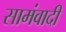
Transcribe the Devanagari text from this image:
सामंवादी